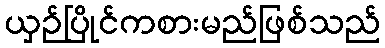
ယှဉ်ပြိုင်ကစားမည်ဖြစ်သည်